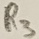
Text: R3